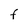
Character: F